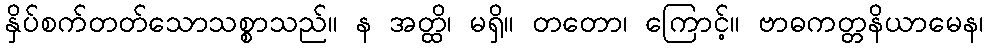
နှိပ်စက်တတ်သောသစ္စာသည်။ န အတ္ထိ၊ မရှိ။ တတော၊ ကြောင့်။ ဗာဓကတ္တနိယာမေန၊